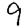
Digit: 9